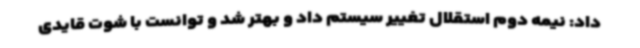
داد: نیمه دوم استقلال تغییر سیستم داد و بهتر شد و توانست با شوت قایدی